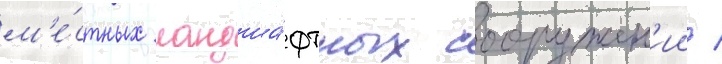
м'е́стных ландша́фтных сооружен'ии /